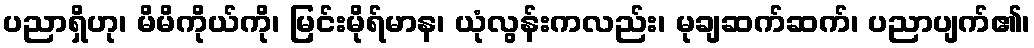
ပညာရှိဟု၊ မိမိကိုယ်ကို၊ မြင်းမိုရ်မာန၊ ယုံလွန်းကလည်း၊ မုချဆက်ဆက်၊ ပညာပျက်၏၊